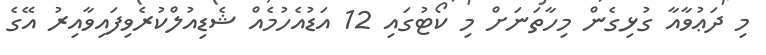
މި ދަޢުވާއާ ގުޅިގެން މިހާތަނަށް މި ކޯޓުގައި 12 އަޑުއެހުމެއް ޝެޑިއުލްކުރެވިފައިވާއިރު އޭގެ